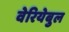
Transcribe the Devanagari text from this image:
वेरियेबुल